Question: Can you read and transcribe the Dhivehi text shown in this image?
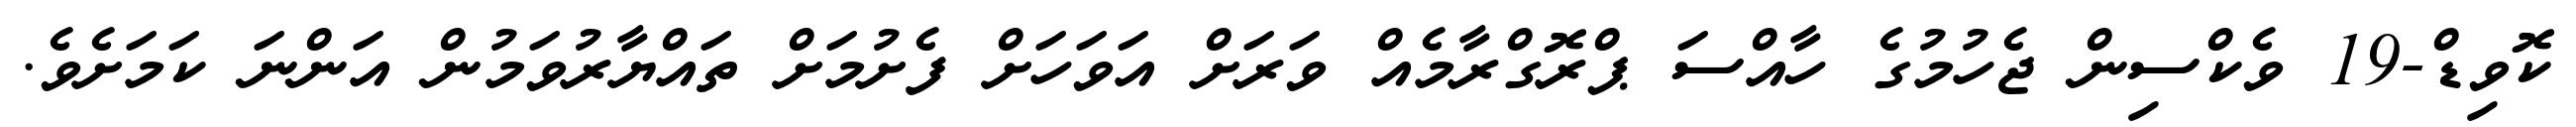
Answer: ކޮވިޑް-19 ވެކްސިން ޖެހުމުގެ ހާއްސަ ޕްރޮގްރާމެއް ވަރަށް އަވަހަށް ފެށުމަށް ތައްޔާރުވަމުން އަންނަ ކަމަށެވެ.